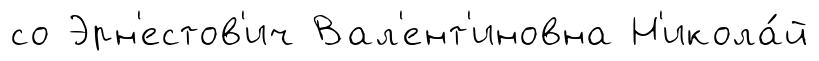
со Эрн'естов'ич Вал'ент'иновна Н'икола́й